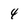
Character: 4